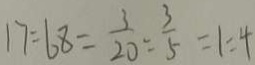
1 7 : 6 8 = \frac { 3 } { 2 0 } : \frac { 3 } { 5 } = 1 : 4